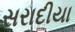
સરાદીયા